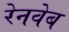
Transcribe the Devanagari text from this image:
रेनवेब